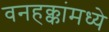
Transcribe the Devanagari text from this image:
वनहक्कांमध्ये